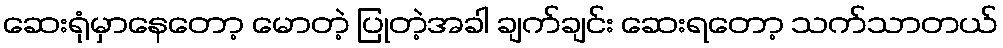
ဆေးရုံမှာနေတော့ မောတဲ့ ပြုတဲ့အခါ ချက်ချင်း ဆေးရတော့ သက်သာတယ်